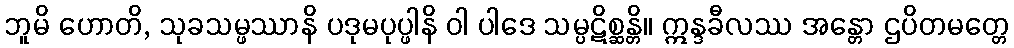
ဘူမိ ဟောတိ, သုခသမ္ဖဿာနိ ပဒုမပုပ္ဖါနိ ဝါ ပါဒေ သမ္ပဋိစ္ဆန္တိ။ ဣန္ဒခီလဿ အန္တော ဌပိတမတ္တေ